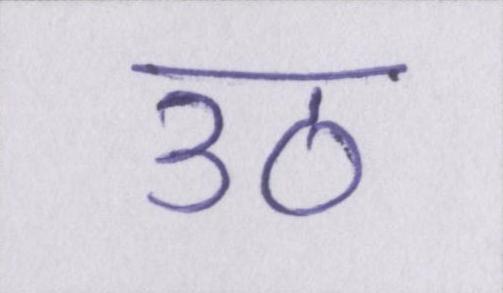
उठ